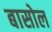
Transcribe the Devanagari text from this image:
बासोल